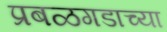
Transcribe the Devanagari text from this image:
प्रबळगडाच्या